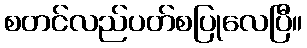
စတင်လည်ပတ်စပြုလေပြီ။